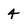
Character: 4